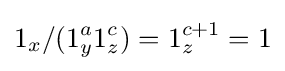
1_{x}/(1_{y}^{a}1_{z}^{c})=1_{z}^{c+1}=1